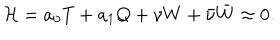
{ \cal H } = a _ { 0 } T + a _ { 1 } Q + \nu W + \bar { \nu } { \bar { W } } \approx 0 .